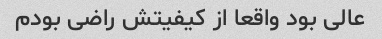
عالی بود واقعا از کیفیتش راضی بودم